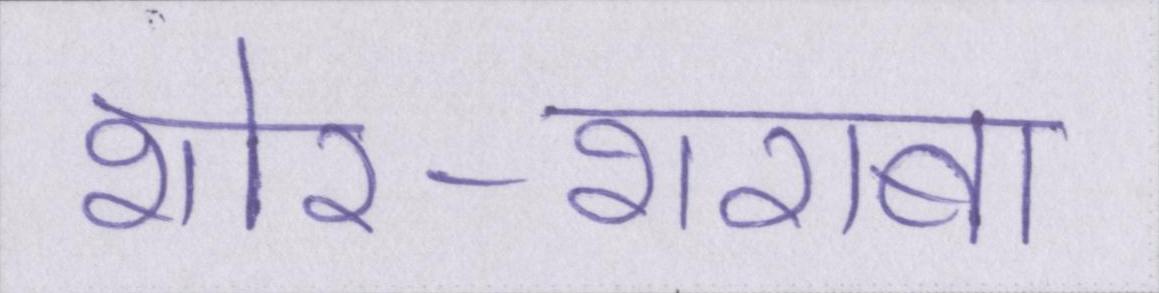
शोर-शराबा